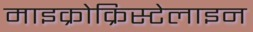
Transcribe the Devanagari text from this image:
माइक्रोक्रिस्टेलाइन